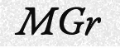
MGr